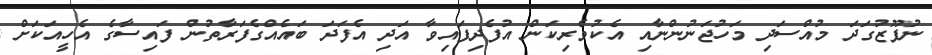
ނުފޫޒުގަދަ މުއްސަދި މަހުޖަނުންނާއި އެކުވެރިކަން އުފެދިފައިވާ އަދި އެފަދަ ބައެއްގެފަރާތުން ފައިސާގެ އެހީއަކަށް